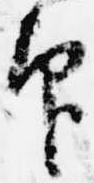
印